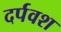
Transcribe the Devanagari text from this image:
दर्पवश